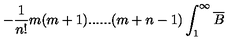
- \frac { 1 } { n ! } m ( m + 1 ) . . . . . . ( m + n - 1 ) \int _ { 1 } ^ { \infty } \overline { { B } }